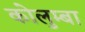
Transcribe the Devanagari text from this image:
कोलुम्बा